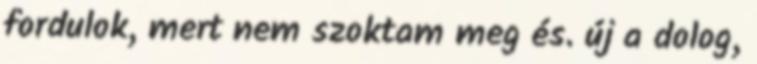
fordulok, mert nem szoktam meg és. új a dolog,